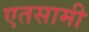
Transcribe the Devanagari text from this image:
एतसामी